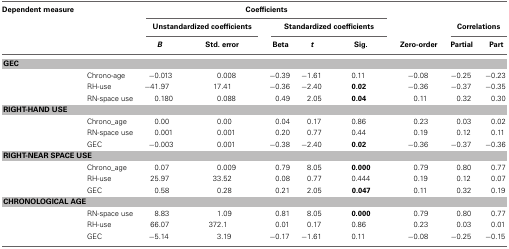
| Dependent measure |  | <COLSPAN=5> Coefficients |  |  |  |
 |  |  | <COLSPAN=2> Unstandardized coefficients | <COLSPAN=3> Standardized coefficients |  | <COLSPAN=2> Correlations |
 |  |  | B | Std. error | Beta | t | Sig. | Zero-order | Partial | Part |
 | --- | --- | --- | --- | --- | --- | --- | --- | --- | --- |
 | <COLSPAN=10> GEC |
 |  | Chrono-age | −0.013 | 0.008 | −0.39 | −1.61 | 0.11 | −0.08 | −0.25 | −0.23 |
 |  | RH-use | −41.97 | 17.41 | −0.36 | −2.40 | 0.02 | −0.36 | −0.37 | −0.35 |
 |  | RN-space use | 0.180 | 0.088 | 0.49 | 2.05 | 0.04 | 0.11 | 0.32 | 0.30 |
 | <COLSPAN=10> RIGHT-HAND USE |
 |  | Chrono_age | 0.00 | 0.00 | 0.04 | 0.17 | 0.86 | 0.23 | 0.03 | 0.02 |
 |  | RN-space use | 0.001 | 0.001 | 0.20 | 0.77 | 0.44 | 0.19 | 0.12 | 0.11 |
 |  | GEC | −0.003 | 0.001 | −0.38 | −2.40 | 0.02 | −0.36 | −0.37 | −0.36 |
 | <COLSPAN=10> RIGHT-NEAR SPACE USE |
 |  | Chrono_age | 0.07 | 0.009 | 0.79 | 8.05 | 0.000 | 0.79 | 0.80 | 0.77 |
 |  | RH-use | 25.97 | 33.52 | 0.08 | 0.77 | 0.444 | 0.19 | 0.12 | 0.07 |
 |  | GEC | 0.58 | 0.28 | 0.21 | 2.05 | 0.047 | 0.11 | 0.32 | 0.19 |
 | <COLSPAN=10> CHRONOLOGICAL AGE |
 |  | RN-space use | 8.83 | 1.09 | 0.81 | 8.05 | 0.000 | 0.79 | 0.80 | 0.77 |
 |  | RH-use | 66.07 | 372.1 | 0.01 | 0.17 | 0.86 | 0.23 | 0.03 | 0.01 |
 |  | GEC | −5.14 | 3.19 | −0.17 | −1.61 | 0.11 | −0.08 | −0.25 | −0.15 |